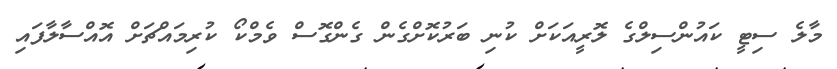
މާލެ ސިޓީ ކައުންސިލްގެ ލޮރީއަކަށް ކުނި ބަރުކޮށްގެން ގެންގޮސް ވެމްކޯ ކުރިމައްޗަށް އޮއްސާލާފައި